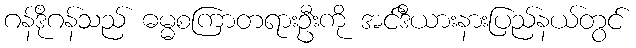
ဂန်ဒိုဂန်သည် ဓမ္မစကြာတရားဦးကို အင်ဒီယားနားပြည်နယ်တွင်